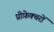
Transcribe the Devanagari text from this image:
प्रीफ़ेक्चरों